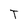
Character: T